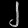
Digit: ၂